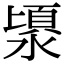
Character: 𣻯